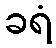
ခရံ